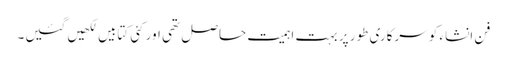
فن انشاء کو سرکاری طور پر بہت اہمیت حاصل تھی اور کئی کتابیں لکھیں گئیں۔